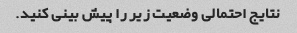
نتایج احتمالی وضعیت زیر را پیش بینی کنید.